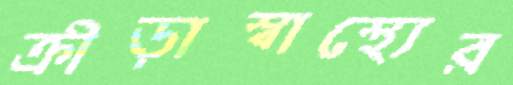
ক্রীড়াস্বাস্থ্যের